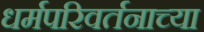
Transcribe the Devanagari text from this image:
धर्मपरिवर्तनाच्या